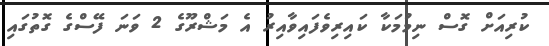
ކުރިއަށް ގޮސް ނިމުމަކާ ކައިރިވެފައިވާއިރު އެ މަޝްރޫގެ 2 ވަނަ ފޭސްގެ ގޮތުގައި